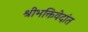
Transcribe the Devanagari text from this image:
श्रीभक्तिवेदांत